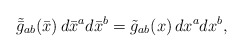
\begin{align*}\tilde {\bar g}_{ab}(\bar x)\, d\bar x^a d\bar x^b = \tilde {g}_{ab}(x)\, dx^a dx^b, \end{align*}